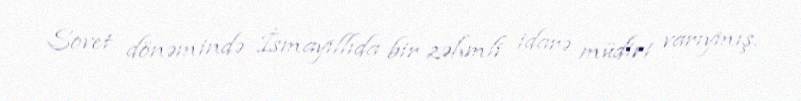
Sovet dönəmində İsmayıllıda bir zəhmli idarə müdiri varıymış.